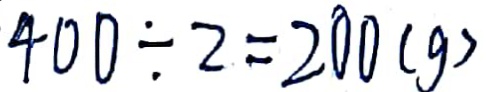
4 0 0 \div 2 = 2 0 0 ( g )